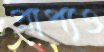
প্রাপ্যও